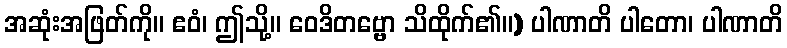
အဆုံးအဖြတ်ကို။ ဧဝံ၊ ဤသို့။ ဝေဒိတဗ္ဗော သိထိုက်၏။) ပါဏာတိ ပါတော၊ ပါဏာတိ